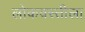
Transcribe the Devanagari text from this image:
लोकवस्तीला